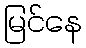
မြင်နေ